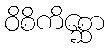
ဝိစိကိစ္ဆော